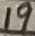
Text: 19